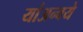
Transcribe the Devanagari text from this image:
यांअन्वये